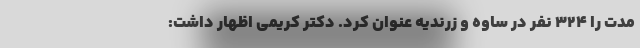
مدت را ۳۲۴ نفر در ساوه و زرندیه عنوان کرد. دکتر کریمی اظهار داشت: